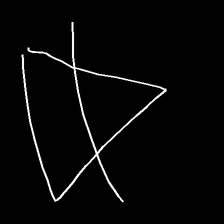
Glyph: empower